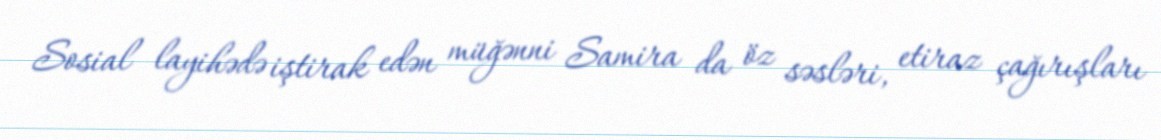
Sosial layihədə iştirak edən müğənni Samira da öz səsləri, etiraz çağırışları